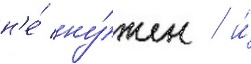
н'е́ ну́жен / и́